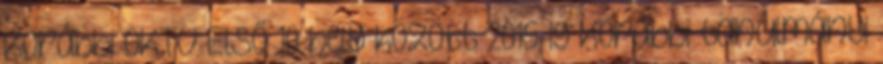
Korábbi OKTV Első 10 hely között 2015-ig Korábbi tanulmányi